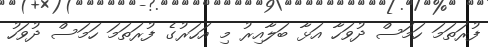
ފުރަތަމަ ހަމަސް ދުވަހާ އަޅާ ބަލާއިރު މި އަހަރުގެ ފުރަތަމަ ހަމަސް ދުވަހު